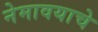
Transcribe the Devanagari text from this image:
नेमावयाचे